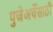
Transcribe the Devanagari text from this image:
पुजेअर्चेसाठी